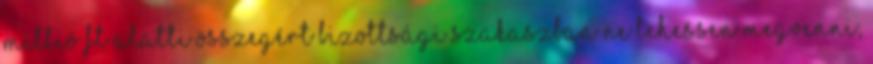
millió Ft alatti összegért bizottsági szakaszban ne lehessen megvenni,